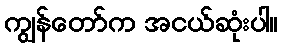
ကျွန်တော်က အငယ်ဆုံးပါ။